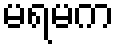
မရမက